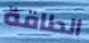
الطاقة